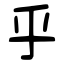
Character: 乎